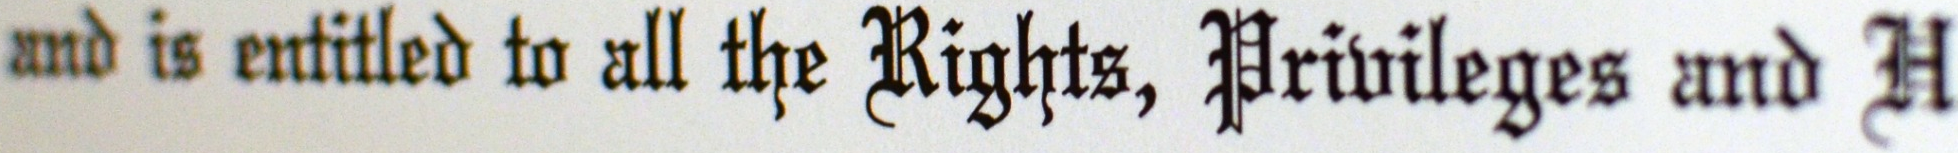
and is entitled to all the Rights, Privileges and H